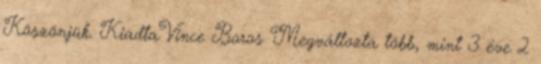
Köszönjük. KiadtaVince Boros Megváltozta több, mint 3 éve 2